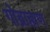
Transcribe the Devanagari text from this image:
गोब्राह्मण